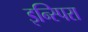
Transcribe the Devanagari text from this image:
इन्स्पिरा